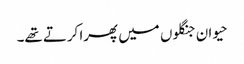
حیوان جنگلوں میں پھرا کرتے تھے۔